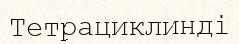
Тетрациклинді